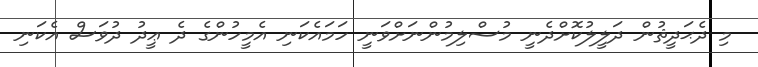
މި ދެޙަދީޘުން ދަލީލުކޮށްދެނީ މުސްލިމުންނަށްވަނީ ހަމައެކަނި އެމީހުންގެ ދެ ޢީދު ދުވަސް އެކަނި